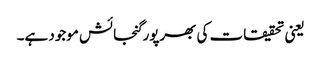
یعنی تحقیقات کی بھرپور گنجائش موجود ہے۔